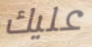
عليك